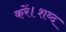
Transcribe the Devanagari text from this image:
करें।शब्द